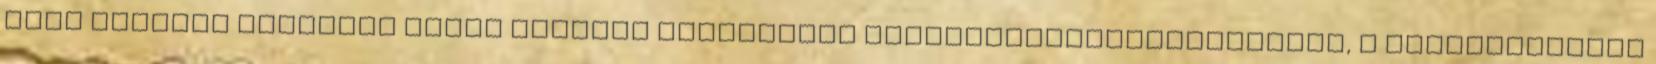
hogy mindkét tervezet sérti Románia nemzetközi kötelezettségvállalásait, a közigazgatási